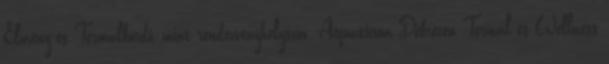
Élmény-és Termálfürdő, mint rendezvényhelyszín- Aquaticum Debrecen Termál és Wellness